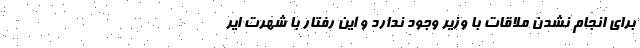
برای انجام نشدن ملاقات با وزیر وجود ندارد و این رفتار با شهرت ایر